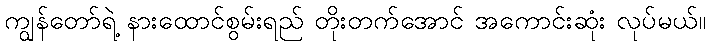
ကျွန်တော်ရဲ့ နားထောင်စွမ်းရည် တိုးတက်အောင် အကောင်းဆုံး လုပ်မယ်။